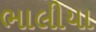
ભાલીયા